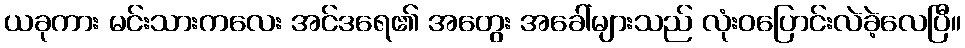
ယခုကား မင်းသားကလေး အင်ဒရေ၏ အတွေး အခေါ်များသည် လုံးဝပြောင်းလဲခဲ့လေပြီ။